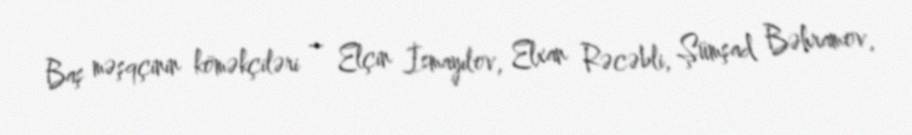
Baş məşqçinin köməkçiləri – Elçin İsmayılov, Elxan Rəcəbli, Şümşad Bəhramov,